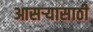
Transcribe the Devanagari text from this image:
आसऱ्यासाठी